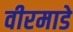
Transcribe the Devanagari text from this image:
वीरमाडे